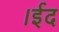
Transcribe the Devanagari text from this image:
।ईद